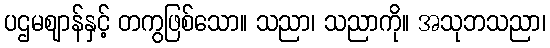
ပဌမဈာန်နှင့် တကွဖြစ်သော။ သညာ၊ သညာကို။ အသုဘသညာ၊